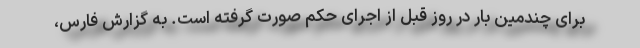
برای چندمین بار در روز قبل از اجرای حکم صورت گرفته است. به گزارش فارس،